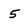
Character: 5